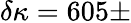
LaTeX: \delta\kappa=605\pm